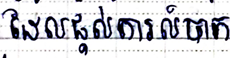
ដែលផ្តល់ការលំបាក